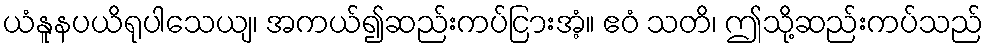
ယံနူနပယိရုပါသေယျ၊ အကယ်၍ဆည်းကပ်ငြားအံ့။ ဧဝံ သတိ၊ ဤသို့ဆည်းကပ်သည်